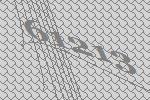
61213